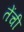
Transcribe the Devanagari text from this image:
तेंची